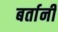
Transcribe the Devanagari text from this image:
बर्तानी